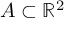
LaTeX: A \subset \mathbb { R } ^ { 2 }